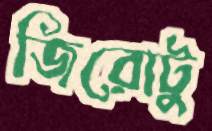
জিরোটু